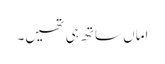
اماں ساتھ ہی تھیں۔